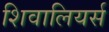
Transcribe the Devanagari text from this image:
शिवालियर्स